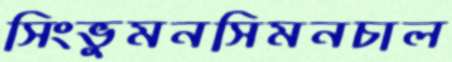
সিংভুমনসিমনচাল